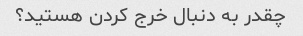
چقدر به دنبال خرج کردن هستید؟